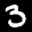
Label: 3